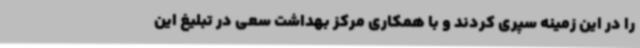
را در این زمینه سپری کردند و با همکاری مرکز بهداشت سعی در تبلیغ این